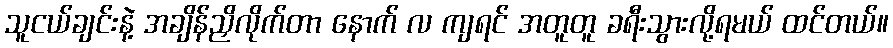
သူငယ်ချင်းနဲ့ အချိန်ညှိလိုက်တာ နောက် လ ကျရင် အတူတူ ခရီးသွားလို့ရမယ် ထင်တယ်။